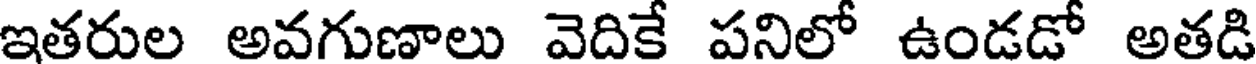
ఇతరుల అవగుణాలు వెదికే పనిలో ఉండడో అతడి